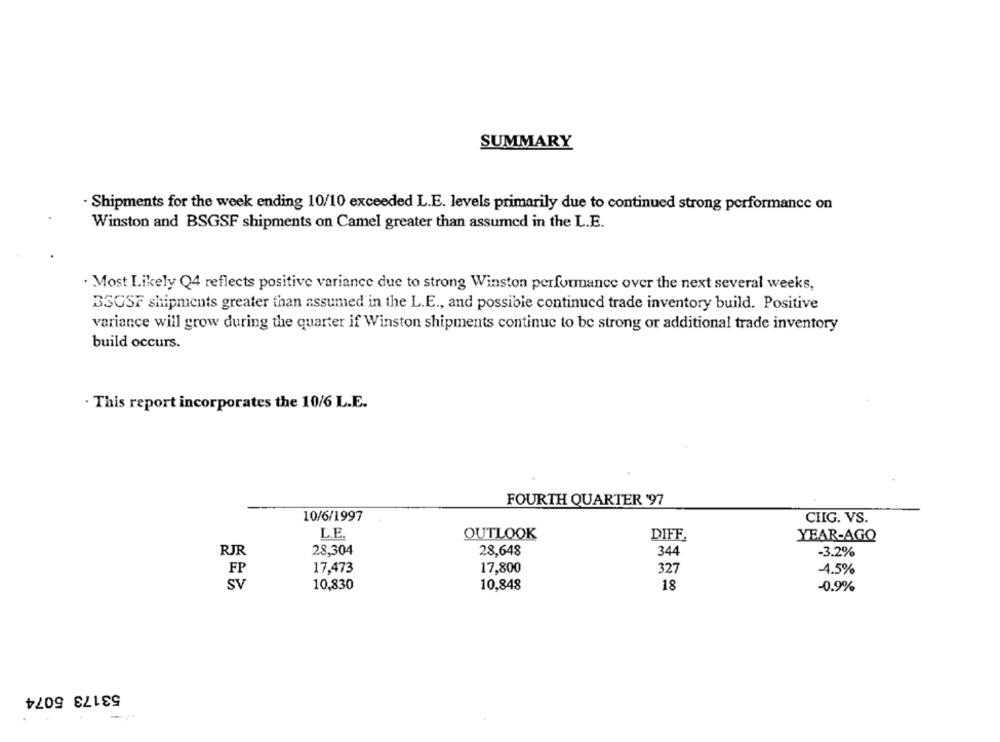
SUMMARY
· Shipments for the week ending 10/10 exceeded L.E. levels primarily due to continued strong performance on
Winston and BSGSF shipments on Camel greater than assumed in the L.E.
. Most Likely Q4 reflects positive variance due to strong Winston performance over the next several weeks,
BSGSF shipments greater than assumed in the L.E ., and possible continued trade inventory build. Positive
variance will grow during the quarter if Winston shipments continue to be strong or additional trade inventory
build occurs.
. This report incorporates the 10/6 L.E.
FOURTH QUARTER '97
10/6/1997
CIIG. VS.
L.E.
OUTLOOK
DIFF.
YEAR-AGO
RJR
28,304
28,648
344
-3.2%
FP
17,473
17,800
327
-4.5%
SV
10,830
10,848
18
-0.9%
53173 5074